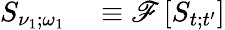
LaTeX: \begin{array}{rl}{S_{\nu_{1};\omega_{1}}}&{{}\equiv\mathscr{F}\left[S_{t;t^{\prime}}\right]}\end{array}